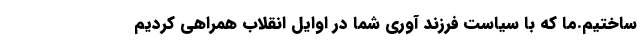
ساختیم.ما که با سیاست فرزند آوری شما در اوایل انقلاب همراهی کردیم